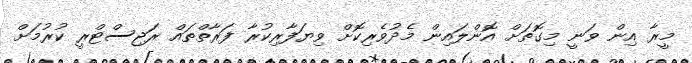
މީރާ އިން ވަނީ މިގޮތަށް އޮންލައިން މެދުވެރިކޮށް ވިޔަފާރިކުރާ ފަރާތްތައް ރަޖިސްޓްރީ ކުރުމަށް